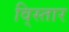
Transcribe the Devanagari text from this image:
वि्स्तार